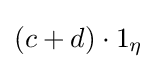
{\textstyle (c+d)\cdot 1_{\eta }}